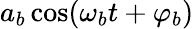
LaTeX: a_{b}\cos(\omega_{b}t+\varphi_{b})